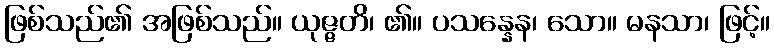
ဖြစ်သည်၏ အဖြစ်သည်။ ယုဇ္ဇတိ၊ ၏။ ပသန္နေန၊ သော။ မနသာ၊ ဖြင့်။